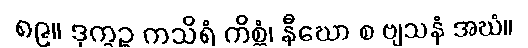
၈၉။ ဒုက္ခဉ္စ ကသိရံ ကိစ္ဆံ၊ နီဃော စ ဗျသနံ အဃံ။